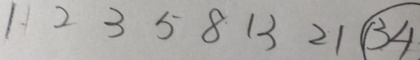
1 2 3 5 8 1 3 2 1 \textcircled { 3 4 }